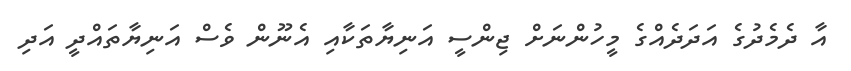
އާ ދެމެދުގެ އަދަދެއްގެ މީހުންނަށް ޖިންސީ އަނިޔާތަކާއި އެނޫން ވެސް އަނިޔާތައްދީ އަދި